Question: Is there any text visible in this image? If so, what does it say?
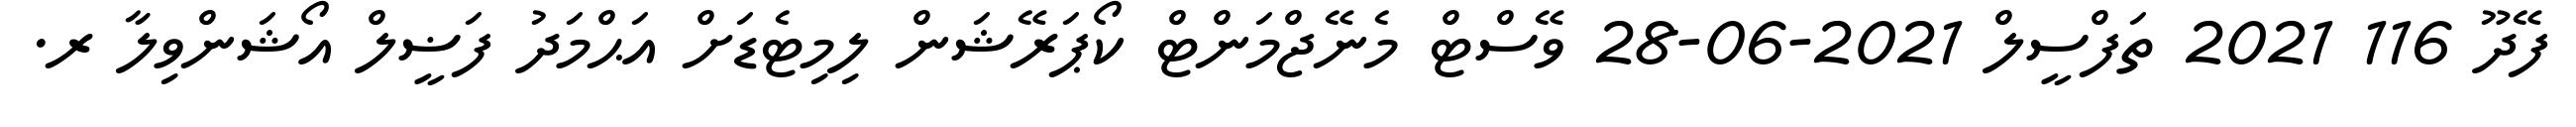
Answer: ފޭދޫ 116 2021 ތަފްސީލް 2021-06-28 ވޭސްޓް މެނޭޖްމަންޓް ކޯޕަރޭޝަން ލިމިޓެޑަށް އަޙްމަދު ފަޟީލް އޯޝަންވިލާ ރ.